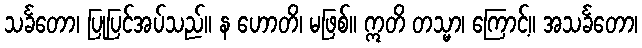
သင်္ခတော၊ ပြုပြင်အပ်သည်။ န ဟောတိ၊ မဖြစ်။ ဣတိ တသ္မာ၊ ကြောင့်။ အသင်္ခတော၊